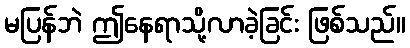
မပြန်ဘဲ ဤနေရာသို့လာခဲ့ခြင်း ဖြစ်သည်။